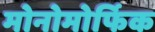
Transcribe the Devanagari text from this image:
मोनोमोर्फिक